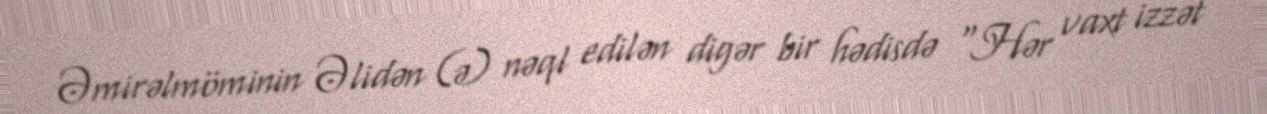
Əmirəlmöminin Əlidən (ə) nəql edilən digər bir hədisdə “Hər vaxt izzət